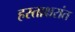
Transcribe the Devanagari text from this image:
हस्ताक्षरांत